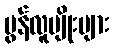
မွန်လူမျိုးများ